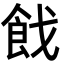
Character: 𩚧